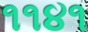
૧૧૪૧